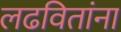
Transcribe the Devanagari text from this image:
लढवितांना